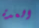
العدة